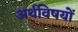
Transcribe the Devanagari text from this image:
अर्थविषयों